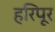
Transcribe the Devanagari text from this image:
हरिपूर